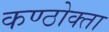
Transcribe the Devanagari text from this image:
कण्ठोक्ता